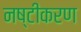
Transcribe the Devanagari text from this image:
नष्टीकरण